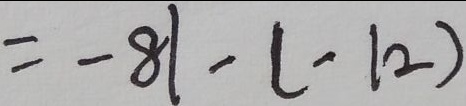
= - 8 1 - ( - 1 2 )